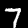
Digit: 7